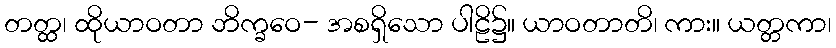
တတ္ထ၊ ထိုယာဝတာ ဘိက္ခဝေ- အစရှိသော ပါဠိ၌။ ယာဝတာတိ၊ ကား။ ယတ္တကာ၊